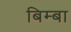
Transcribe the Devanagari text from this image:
बिम्बा